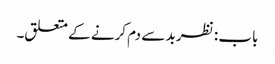
باب : نظر بد سے دم کرنے کے متعلق۔